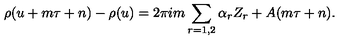
\rho ( u + m \tau + n ) - \rho ( u ) = 2 \pi i m \sum _ { r = 1 , 2 } \alpha _ { r } Z _ { r } + A ( m \tau + n ) .